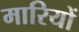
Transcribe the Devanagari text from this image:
मारियों